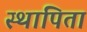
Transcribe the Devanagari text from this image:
स्थापिता